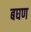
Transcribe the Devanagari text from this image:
बघण